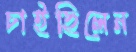
চাইছিলেন